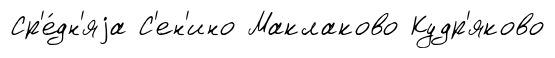
Ср'е́дн'яjа С'ен'ино Маклаково Кудр'яково